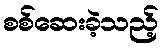
စစ်ဆေးခဲ့သည့်